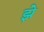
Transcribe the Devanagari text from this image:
झे